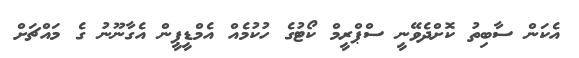
އެކަން ސާބިތު ކޮށްދެވޭނީ ސްޕްރީމް ކޯޓުގެ ހުކުމެއް އެމްޑީޕީން އެގާނޫނު ގެ މައްޗަށް